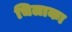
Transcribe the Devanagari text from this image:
चिलाका